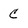
Character: C